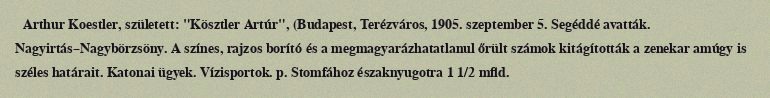
Arthur Koestler, született: "Kösztler Artúr", (Budapest, Terézváros, 1905. szeptember 5. Segéddé avatták. Nagyirtás–Nagybörzsöny. A színes, rajzos borító és a megmagyarázhatatlanul őrült számok kitágították a zenekar amúgy is széles határait. Katonai ügyek. Vízisportok. p. Stomfához északnyugotra 1 1/2 mfld.